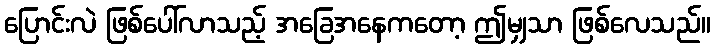
ပြောင်းလဲ ဖြစ်ပေါ်လာသည့် အခြေအနေကတော့ ဤမျှသာ ဖြစ်လေသည်။